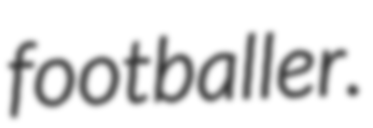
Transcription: footballer.